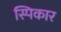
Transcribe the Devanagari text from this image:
स्पिकार